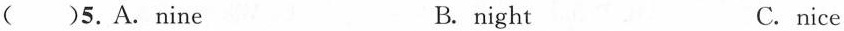
( )5.A.nine B. night C.nice